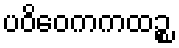
ပဝိဝေကကထဉ္စ